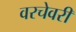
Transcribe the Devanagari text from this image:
वरचेवरी